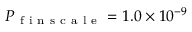
P _ { \mathrm { ~ f ~ i ~ n ~ s ~ c ~ a ~ l ~ e ~ } } = 1 . 0 \times 1 0 ^ { - 9 }